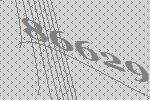
86629